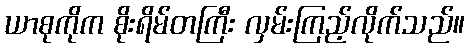
ယာစုကိုက စိုးရိမ်တကြီး လှမ်းကြည့်လိုက်သည်။